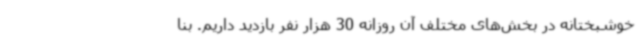
خوشبختانه در بخش‌های مختلف آن روزانه 30 هزار نفر بازدید داریم. بنا